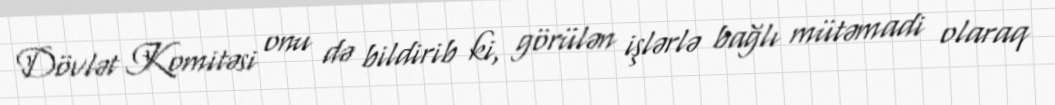
Dövlət Komitəsi onu də bildirib ki, görülən işlərlə bağlı mütəmadi olaraq